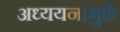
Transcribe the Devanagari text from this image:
अध्ययनामुळे